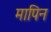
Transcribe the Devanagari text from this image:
मापिन